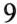
9